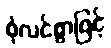
စုံလင်စွာဖြင့်